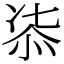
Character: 㓒